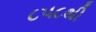
૮૫૮થી